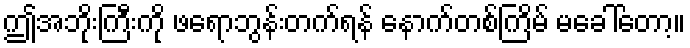
ဤအဘိုးကြီးကို ဖရောဘွန်းတက်ရန် နောက်တစ်ကြိမ် မခေါ်တော့။